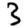
Digit: 3